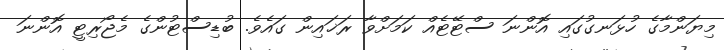
މިޔަންމާގެ ހުޅަނގުގައި އޮންނަ ސްޓޭޓެއް ކަމަށްވާ ރަޚައިން ގައެވެ. ބުޑިސްޓުންގެ މެޖޯރިޓީ އޮންނަ